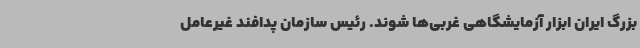
بزرگ ایران ابزار آزمایشگاهی غربی‌ها شوند. رئیس سازمان پدافند غیرعامل